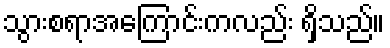
သွားစရာအကြောင်းကလည်း ရှိသည်။